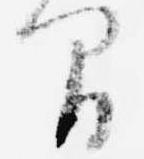
間